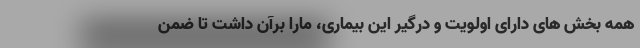
همه بخش های دارای اولویت و درگیر این بیماری، مارا برآن داشت تا ضمن